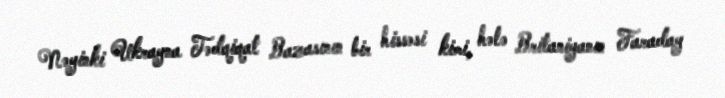
Nəyinki Ukrayna Tədqiqat Bazasının bir hissəsi kimi, hələ Britaniyanın Faraday